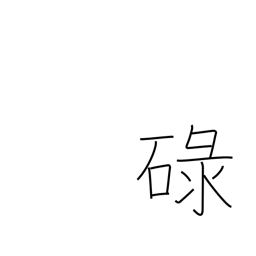
Meaning: satisfactory